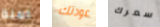
امنة عودتك سعرك